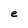
Character: e